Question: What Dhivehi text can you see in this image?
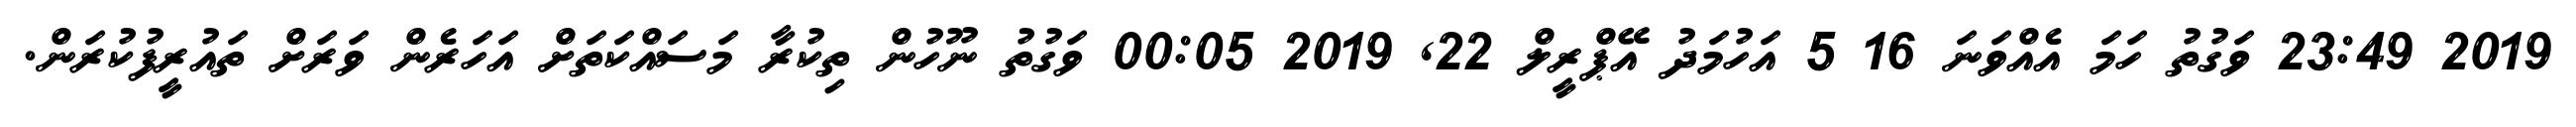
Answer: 2019 23:49 ވަގުތު ހަމަ އެއްވަނަ 16 5 އަހުމަދު އޭޕްރީލް 22, 2019 00:05 ވަގުތު ނޫހުން ތިކުރާ މަސައްކަތަށް އަހަރެން ވަރަށް ތައުރީފުކުރަން.